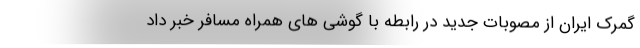
گمرک ایران از مصوبات جدید در رابطه با گوشی های همراه مسافر خبر داد